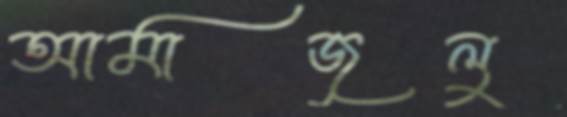
আমাজুলু